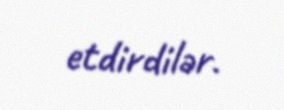
etdirdilər.